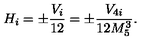
H _ { i } = \pm \frac { V _ { i } } { 1 2 } = \pm \frac { V _ { 4 i } } { 1 2 M _ { 5 } ^ { 3 } } .